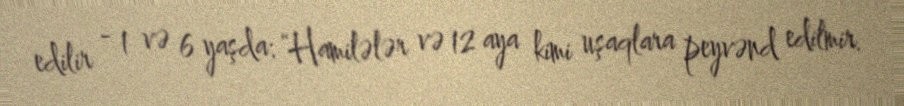
edilir - 1 və 6 yaşda: “Hamilələr və 12 aya kimi uşaqlara peyvənd edilmir.